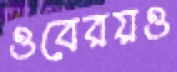
ওবেরয়ও